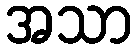
အသာ